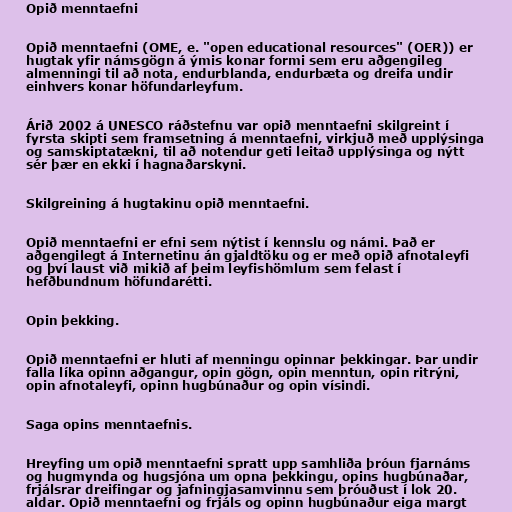
Opið menntaefni

Opið menntaefni (OME, e. "open educational resources" (OER)) er
hugtak yfir námsgögn á ýmis konar formi sem eru aðgengileg
almenningi til að nota, endurblanda, endurbæta og dreifa undir
einhvers konar höfundarleyfum.

Árið 2002 á UNESCO ráðstefnu var opið menntaefni skilgreint í
fyrsta skipti sem framsetning á menntaefni, virkjuð með upplýsinga
og samskiptatækni, til að notendur geti leitað upplýsinga og nýtt
sér þær en ekki í hagnaðarskyni.

Skilgreining á hugtakinu opið menntaefni.

Opið menntaefni er efni sem nýtist í kennslu og námi. Það er
aðgengilegt á Internetinu án gjaldtöku og er með opið afnotaleyfi
og því laust við mikið af þeim leyfishömlum sem felast í
hefðbundnum höfundarétti.

Opin þekking.

Opið menntaefni er hluti af menningu opinnar þekkingar. Þar undir
falla líka opinn aðgangur, opin gögn, opin menntun, opin ritrýni,
opin afnotaleyfi, opinn hugbúnaður og opin vísindi.

Saga opins menntaefnis.

Hreyfing um opið menntaefni spratt upp samhliða þróun fjarnáms
og hugmynda og hugsjóna um opna þekkingu, opins hugbúnaðar,
frjálsrar dreifingar og jafningjasamvinnu sem þróuðust í lok 20.
aldar. Opið menntaefni og frjáls og opinn hugbúnaður eiga margt